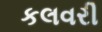
કલવરી